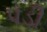
પડી